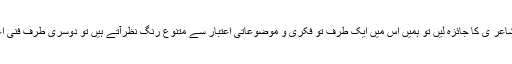
اس فکری و فنی رنگا رنگی اور مہات کے آئینے میں اگر ہم افتخارؔ مغل کی شاعر ی کا جائزہ لیں تو ہمیں اس میں ایک طرف تو فکری و موضوعاتی اعتبار سے متنوع رنگ نظرآتے ہیں تو دوسری طرف فنی اعتبار سے وہ ان اساتذہ سخن کی بھرپور خوشہ چینی کرتے دکھائی دیتے ہیں ۔